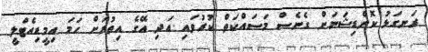
ރަނގަޅު ކޮންޑިޝަނަށް ގެނެސް މަސައްކަތް ކުރުވައި އަދި އޭގެ އިތުރަށް ހަމަ އިމީޑިއެޓްލީ